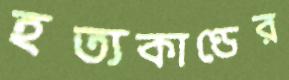
হত্যকাণ্ডের